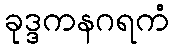
ခုဒ္ဒကနဂရကံ